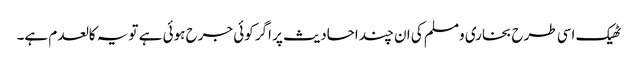
ٹھیک اسی طرح بخاری ومسلم کی ان چند احادیث پر اگر کوئی جرح ہوئی ہے تو یہ کالعدم ہے۔